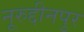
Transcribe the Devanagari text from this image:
नूरुद्दीनपुर